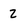
Character: 2